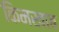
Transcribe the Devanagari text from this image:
किमखाब